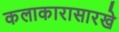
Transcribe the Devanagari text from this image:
कलाकारासारखे